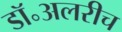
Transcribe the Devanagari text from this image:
डॉ॰अलरीच